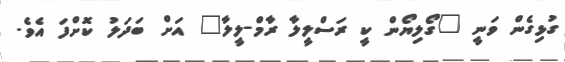
ގުޅިގެން ވަނީ "ގޯލިޔޯން ކީ ރަސްލީލާ ރާމް-ލީލާ" އަށް ބަދަލު ކޮށްފަ އެވެ.